Vaccine operations Central Provinces & Berar 1922-1929 - 1922-1929
Year: 1922
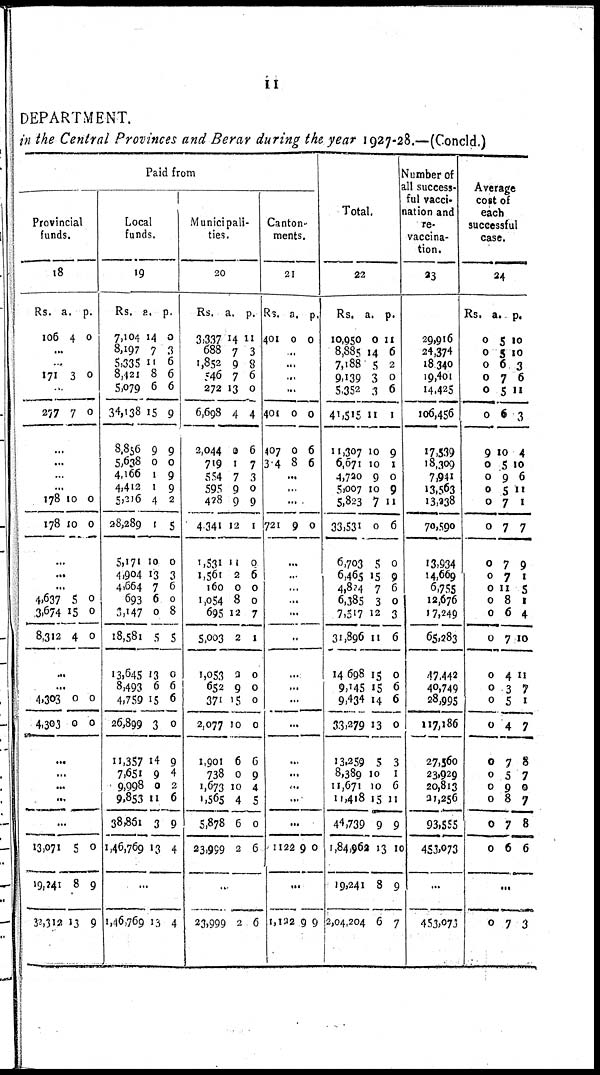
11
DEPARTMENT.
in the Central Provinces and Berar during the year 1927-28.—(Concld.)
Paid from
Provincial
funds.
18
Rs.
106
a.
4
p.
0
...
...
171 3 0
...
277 7 0
...
...
...
...
178
178
10
10
0
0
...
...
...
4,637
3,674
8,312
5
15
4
0
0
0
...
...
4,303
4,303
0
0
0
0
...
...
...
...
...
13,071
19,241
32,312
5
8
13
0
9
9
Local
funds.
19
Rs.
7,104
8,197
5,335
8,421
5,079
34,138
8,856
5,638
4,166
4,412
5,216
28,289
5,171
4,904
4,664
693
3,147
18,581
13,645
8,493
4,759
26,899
11,357
7,655
9,998
9,853
38,851
1,46,769
a.
14
7
11
8
6
15
9
0
1
1
4
1
10
13
7
6
0
5
13
6
15
3
14
9
0
11
3
13
p.
0
3
6
6
6
9
9
0
9
9
2
5
0
3
6
0
8
5
0
6
6
0
9
4
2
6
9
4
...
1,46,769 13 4
Municipali-
ties.
20
Rs.
3,337
688
1,852
546
272
6,698
2,044
719
554
595
428
4,341
1,531
1,561
160
1,054
695
5,003
1,053
652
371
2,077
1,901
738
1,673
1,565
5,878
23,999
a.
14
7
9
7
13
4
0
1
7
9
9
12
11
2
0
8
12
2
2
9
15
10
6
0
10
4
6
2
p.
11
3
8
6
0
4
6
7
3
0
9
1
0
6
0
0
7
1
0
0
0
0
6
0
4
5
0
6
...
23,999 2 6
Canton
ments.
21
Rs.
401
a.
0
p.
0
...
...
...
...
401
407
304
0
0
8
0
6
6
...
...
...
721 9 0
...
...
...
...
...
...
...
...
...
...
...
...
...
...
...
1122 9 0
...
1,122 9 9
Total.
22
Rs.
10,950
8,885
7,188
9,139
5,352
41,515
11,307
6,671
4,720
5,007
5,823
33,531
6,703
6,465
4,824
6,385
7,517
31,896
14,698
9,145
9,434
33,279
13,259
8,389
11,671
11,418
44,739
1,84,962
19,241
2,04,204
a.
0
14
5
3
3
11
10
10
9
10
7
0
5
15
7
3
12
11
15
15
14
13
5
10
10
15
9
13
8
6
p.
11
6
2
0
6
1
9
1
0
9
11
6
0
9
6
0
3
6
0
6
6
0
3
1
6
11
9
10
9
7
Number of
all success-
ful vacci-
nation and
re-
vaccina-
tion.
23
29,916
24,374
18,340
19,401
14,425
106,456
17,539
18,309
7,941
13,563
13,238
70,590
13,934
14,669
6,755
12,676
17,249
65,283
47,442
40,749
28,995
117,186
27,560
23,929
20,813
21,256
93,555
453,073
...
453,073
Average
cost of
each
successful
case.
24
Rs.
0
0
0
0
0
0
9
0
0
0
0
0
0
0
0
0
0
0
0
0
0
0
0
0
0
0
0
0
a.
5
5
6
7
5
6
10
5
9
5
7
7
7
7
11
8
6
7
4
3
5
4
7
5
9
8
7
6
p.
10
10
3
6
11
3
4
10
6
11
1
7
9
1
5
1
4
10
11
7
1
7
8
7
0
7
8
6
...
0 7 3